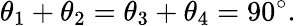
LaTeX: \theta_{1}+\theta_{2}=\theta_{3}+\theta_{4}=90^{\circ}.